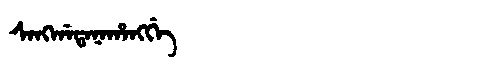
Manchu: ᠰᠠᠩᡤᠠᡨᠠᠨᠠᡥᠠᠩᡤᡝ
Romanization: SANGGATANAHANGGE